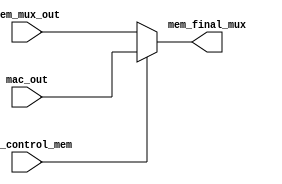
`timescale 1ps / 1ps
//////////////////////////////////////////////////////////////////////////////////
// Company: 
// Engineer: 
// 
// Design Name: 
// Module Name: execution_unit_result_selection
// Project Name: 
// Target Devices: 
// Tool Versions: 
// Description: 
// 
// Dependencies: 
// 
// Revision:
// Revision 0.01 - File Created
// Additional Comments:
// 
//////////////////////////////////////////////////////////////////////////////////


module execution_unit_result_selection(input [31:0]mem_mux_out,input [31:0]mac_out,input mac_control_mem,output reg[31:0]mem_final_mux);

always@(*)
begin
if ( mac_control_mem==1)
begin
mem_final_mux=mac_out;
end
else 
mem_final_mux=mem_mux_out;


end
endmodule